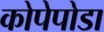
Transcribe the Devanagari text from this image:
कोपेपोडा